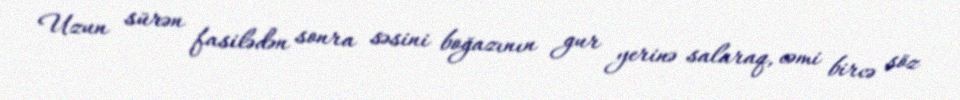
Uzun sürən fasilədən sonra səsini boğazının gur yerinə salaraq, cəmi bircə söz